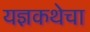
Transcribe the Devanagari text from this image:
यज्ञकथेचा